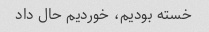
خسته بودیم، خوردیم حال داد